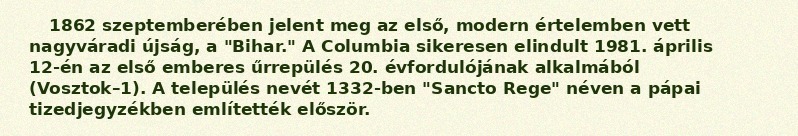
1862 szeptemberében jelent meg az első, modern értelemben vett nagyváradi újság, a "Bihar." A Columbia sikeresen elindult 1981. április 12-én az első emberes űrrepülés 20. évfordulójának alkalmából (Vosztok–1). A település nevét 1332-ben "Sancto Rege" néven a pápai tizedjegyzékben említették először.